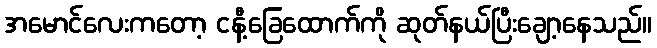
အမောင်လေးကတော့ ငနီ့ခြေထောက်ကို ဆုတ်နယ်ပြီးချော့နေသည်။